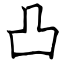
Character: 凸